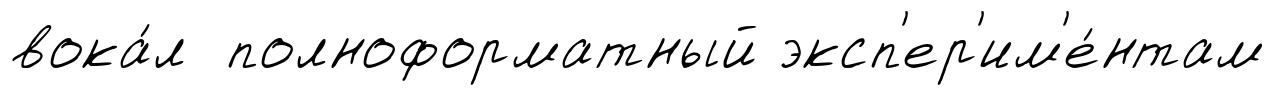
вока́л полноформатный эксп'ер'им'е́нтам